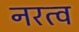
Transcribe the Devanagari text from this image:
नरत्व